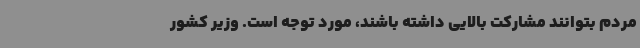
مردم بتوانند مشارکت بالایی داشته باشند، مورد توجه است. وزیر کشور